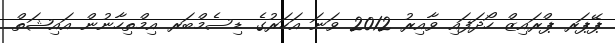
ޕޭޕަރ ޕްރައިޒް ހޯދަފައި ވާއިރު 2012 ވަނަ އަހަރުގެ ޑިސެމްބަރ އިމްތިހާނުން އައިޝަތް